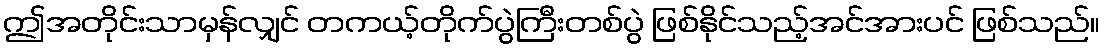
ဤအတိုင်းသာမှန်လျှင် တကယ့်တိုက်ပွဲကြီးတစ်ပွဲ ဖြစ်နိုင်သည့်အင်အားပင် ဖြစ်သည်။